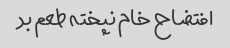
افتضاح خام نپخته طعم بد